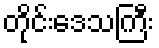
တိုင်းဒေသကြီး